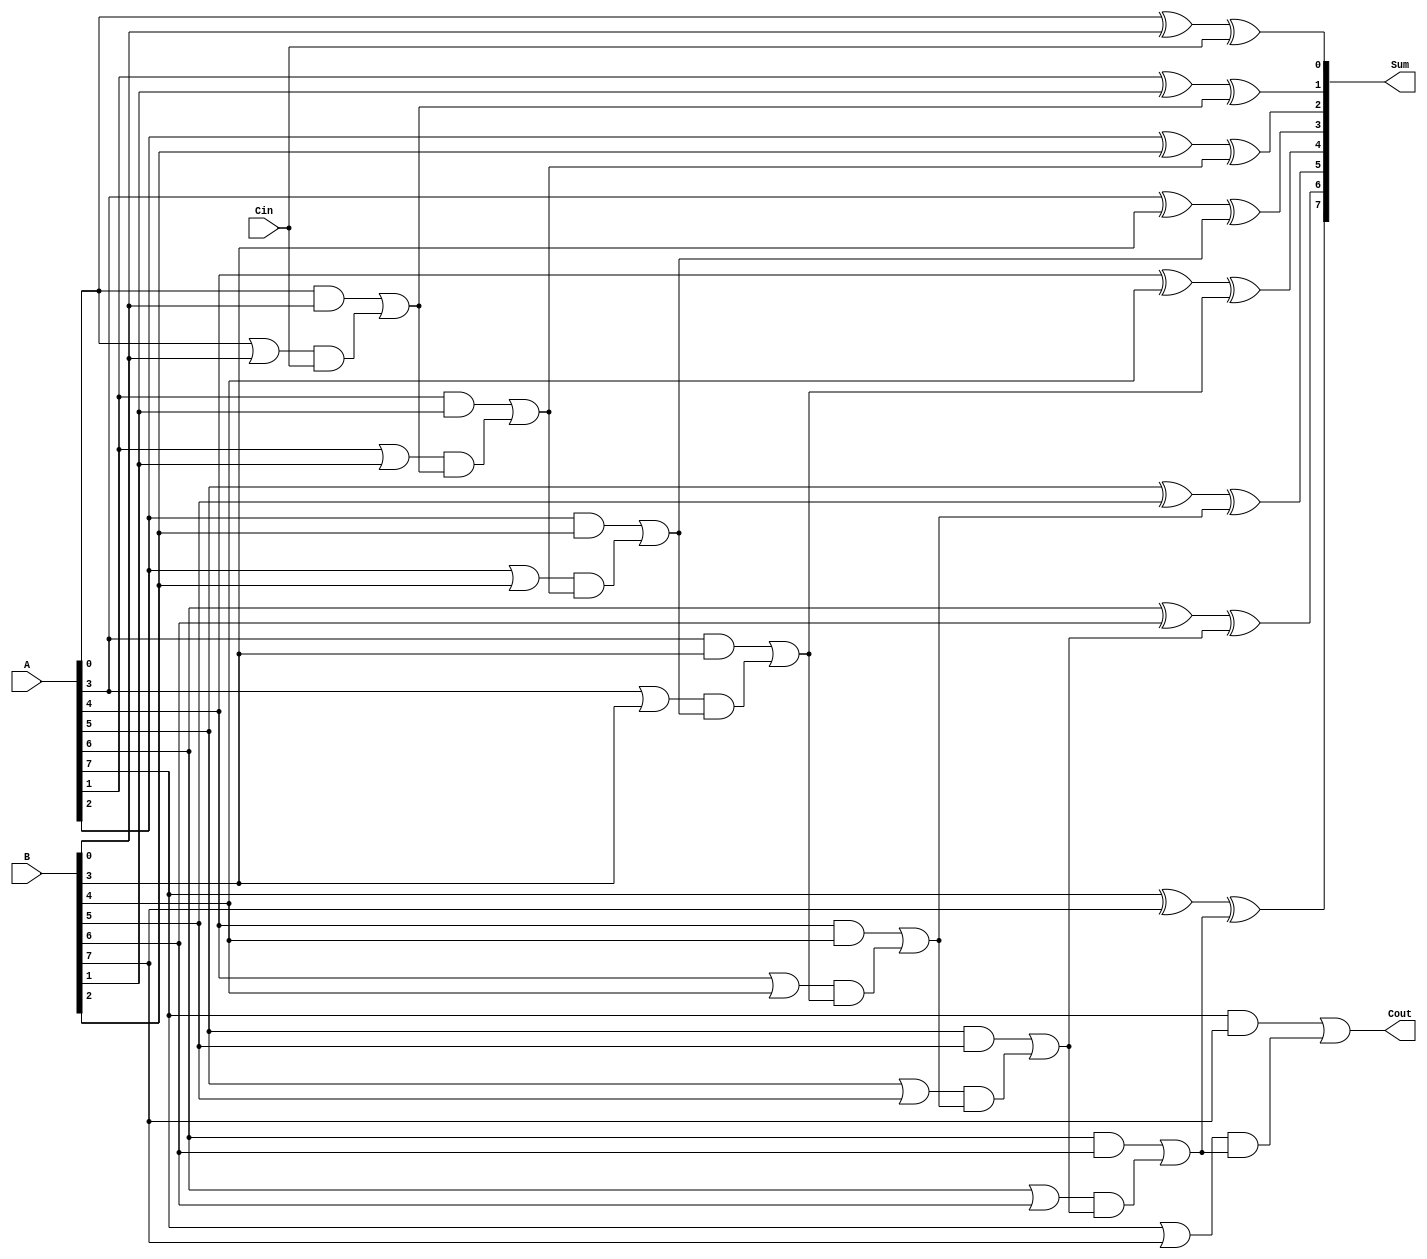
module ManchesterCarryChainAdder #(
    parameter n = 8 // Parameter for bit-width, default to 8
)(
    input  [n-1:0] A,      // n-bit input A
    input  [n-1:0] B,      // n-bit input B
    input         Cin,      // Carry-in
    output [n-1:0] Sum,     // n-bit output Sum
    output        Cout       // Carry-out
);

    // Intermediate carry signals
    wire [n:0] C;           // Carry signals (C[0] = Cin)
    wire [n-1:0] G;         // Generate signals
    wire [n-1:0] P;         // Propagate signals

    // Assign initial carry-in
    assign C[0] = Cin;

    // Generate and propagate logic
    genvar i;
    generate
        for (i = 0; i < n; i = i + 1) begin : carry_logic
            assign G[i] = A[i] & B[i];         // Generate
            assign P[i] = A[i] | B[i];         // Propagate
            assign C[i + 1] = G[i] | (P[i] & C[i]); // Carry-out for next stage
        end
    endgenerate

    // Sum calculation
    generate
        for (i = 0; i < n; i = i + 1) begin : sum_logic
            assign Sum[i] = A[i] ^ B[i] ^ C[i]; // Sum calculation
        end
    endgenerate

    // Final carry-out
    assign Cout = C[n]; // Carry-out from the most significant bit

endmodule